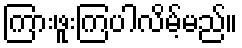
ကြားဖူးကြပါလိမ့်မည်။